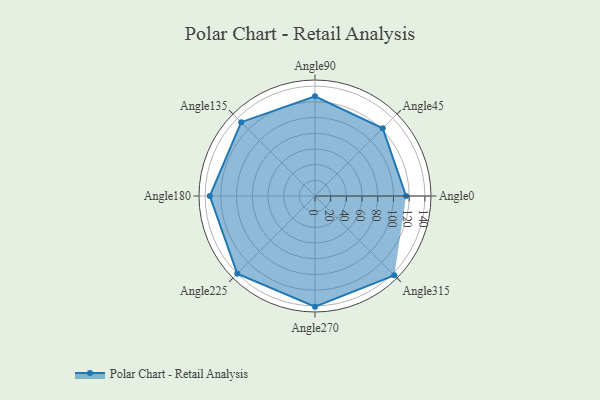
{"axis": {"x": "Angle", "y": "Radius"}, "legend": [""], "data": [{"x": "Angle0", "y": 116.0, "type": ""}, {"x": "Angle45", "y": 122.0, "type": ""}, {"x": "Angle90", "y": 127.0, "type": ""}, {"x": "Angle135", "y": 133.0, "type": ""}, {"x": "Angle180", "y": 134.0, "type": ""}, {"x": "Angle225", "y": 140.0, "type": ""}, {"x": "Angle270", "y": 141.0, "type": ""}, {"x": "Angle315", "y": 143.0, "type": ""}]}